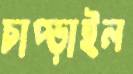
চাপ্‌ড়াইল